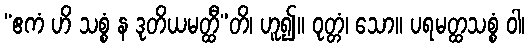
“ဧကံ ဟိ သစ္စံ န ဒုတိယမတ္ထီ”တိ၊ ဟူ၍။ ဝုတ္တံ၊ သော။ ပရမတ္ထသစ္စံ ဝါ၊